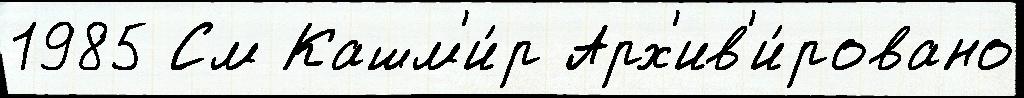
1985 См Кашм'и́р Арх'ив'и́ровано